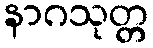
နာဂသုတ္တ